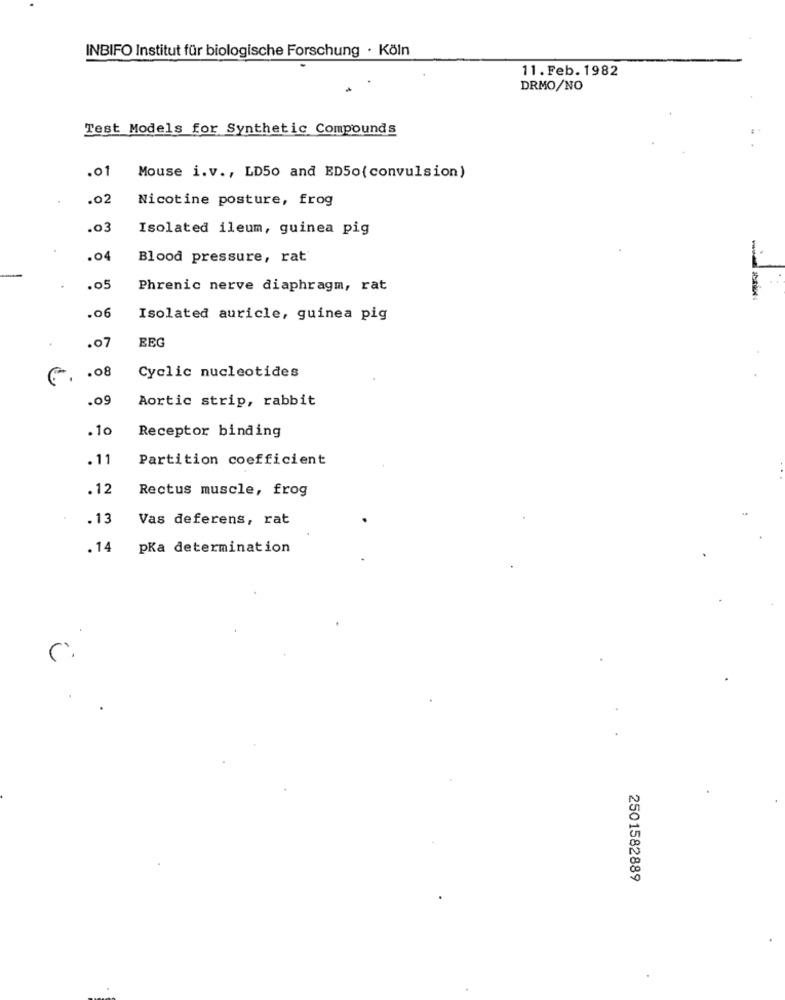
INBIFO Institut für biologische Forschung · Köln
11. Feb. 1982
DRMO/NO
Test Models for Synthetic Compounds
.01
Mouse i.v ., LD50 and ED50( convulsion)
.02
Nicotine posture, frog
.03
Isolated ileum, guinea pig
.04
Blood pressure, rat
.05
Phrenic nerve diaphragm, rat
.06
Isolated auricle, guinea pig
EEG
.07
.08
Cyclic nucleotides
.09
Aortic strip, rabbit
.10
Receptor binding
.11
Partition coefficient
.12
Rectus muscle, frog
.13
Vas deferens, rat
. 14
pKa determination
c.
2501582889